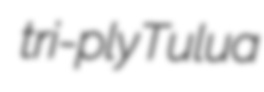
tri-ply Tulua